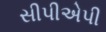
સીપીએપી